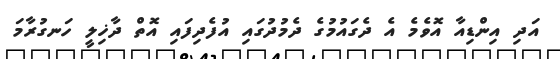
އަދި އިންޑިއާ އޮވެމެ އެ ދެގައުމުގެ ދެމުދުގައި އުފެދިފައި އޮތް ދާޚިލީ ހަނގުރާމަ